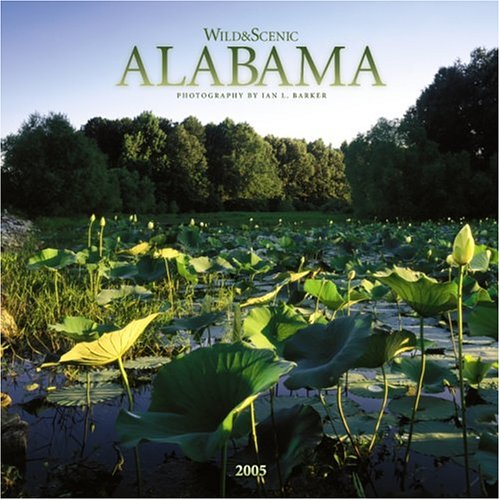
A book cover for Wild & Scenic Alabama 2005 Wall Calendar; Browntrout Publishers; Travel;